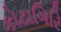
કોટાગિરિ